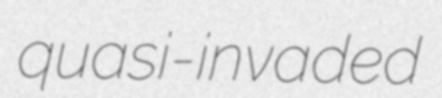
quasi-invaded